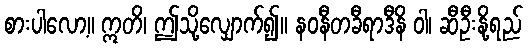
စားပါလော့။ ဣတိ၊ ဤသို့လျှောက်၍။ နဝနီတခီရာဒီနိ ဝါ၊ ဆီဦးနို့ရည်